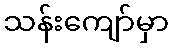
သန်းကျော်မှာ